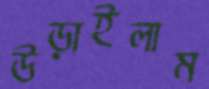
উড়াইলাম